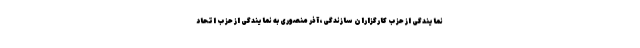
نمایندگی از حزب کارگزاران سازندگی، آذر منصوری به نمایندگی از حزب اتحاد